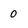
Character: 0